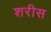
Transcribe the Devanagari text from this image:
शरीस